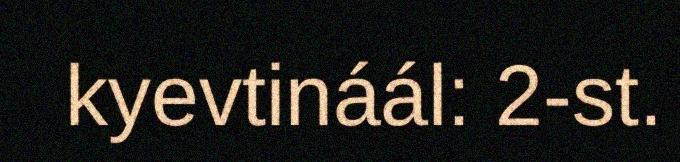
kyevtináál: 2-st.